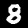
Digit: 8